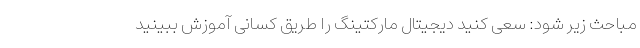
مباحث زیر شود: سعی کنید دیجیتال مارکتینگ را طریق کسانی آموزش ببینید